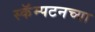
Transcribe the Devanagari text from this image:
स्कॅम्पटनच्या